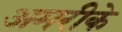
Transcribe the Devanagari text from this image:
अमरीके